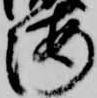
海